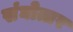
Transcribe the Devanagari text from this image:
संघोत्तर